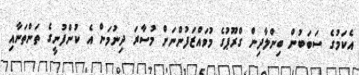
އެކަމުގެ ސަބަބުން ބިންލާދިން ގްރޫޕުގެ މުވައްޒަފުންނަށް މުސާރަ ދިނުމަށް އެ ކުންފުނީގެ ތަންތަނާއި